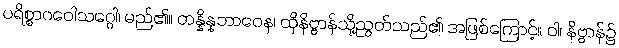
ပရိစ္စာဂဝေါသဂ္ဂေါ၊ မည်၏။ တန္နိန္နဘာဝေန၊ ထိုနိဗ္ဗာန်သို့ညွတ်သည်၏ အဖြစ်ကြောင့်။ ဝါ၊ နိဗ္ဗာန်၌